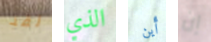
لقد الذي أين إن